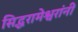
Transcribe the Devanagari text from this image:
सिद्धरामेश्वरांनी